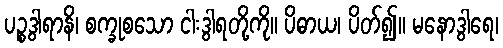
ပဉ္စဒွါရာနိ၊ စက္ခုစသော ငါးဒွါရတို့ကို။ ပိဓာယ၊ ပိတ်၍။ မနောဒွါရေ၊